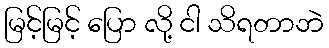
မြင့်မြင့် ပြော လို့ ငါ သိရတာဘဲ